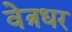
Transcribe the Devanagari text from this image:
वेत्रधर